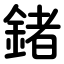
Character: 鍺